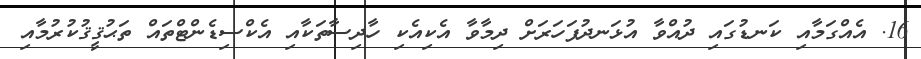
16. އެއްގަމާއި ކަނޑުގައި ދުއްވާ އުޅަނދުފަހަރަށް ދިމާވާ އެކިއެކި ހާދިސާތަކާއި އެކްސިޑެންޓްތައް ތަޙުޤީޤުކުރުމާއި